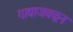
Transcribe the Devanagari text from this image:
गाद्याजवळून